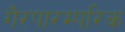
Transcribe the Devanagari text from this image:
गैरपारम्परिक